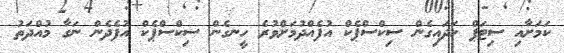
ކަމަށާއި ސިޓަޕް ހަދައިގެން ސިކްސްޕެކް އުފެއްދުމަށްވުރެ ހީނގެން ސިކްސްޕެކް އުފެދެން ނަގާ މުއްދަތު